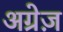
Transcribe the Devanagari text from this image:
अग्रेज़